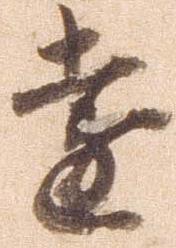
遠